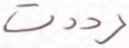
رددت